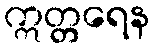
ဣတ္တရေန